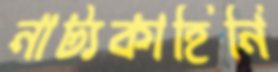
নাট্যকাহিনি